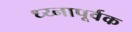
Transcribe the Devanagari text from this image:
ध्य्नापूर्वक